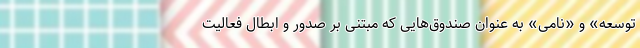
توسعه» و «نامی» به عنوان صندوق‌هایی که مبتنی بر صدور و ابطال فعالیت